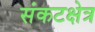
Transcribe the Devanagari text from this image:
संकटक्षेत्र